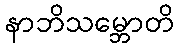
နာဘိသမ္ဘောတိ